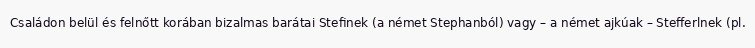
Családon belül és felnőtt korában bizalmas barátai Stefinek (a német Stephanból) vagy – a német ajkúak – Stefferlnek (pl.